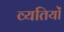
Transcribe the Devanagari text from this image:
व्यतियों